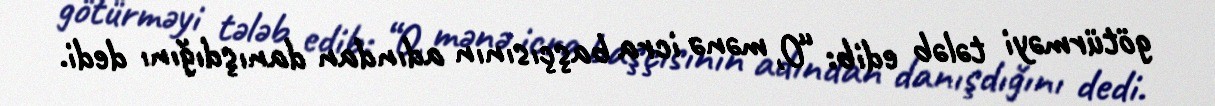
götürməyi tələb edib: “O, mənə icra başçısının adından danışdığını dedi.